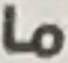
ما